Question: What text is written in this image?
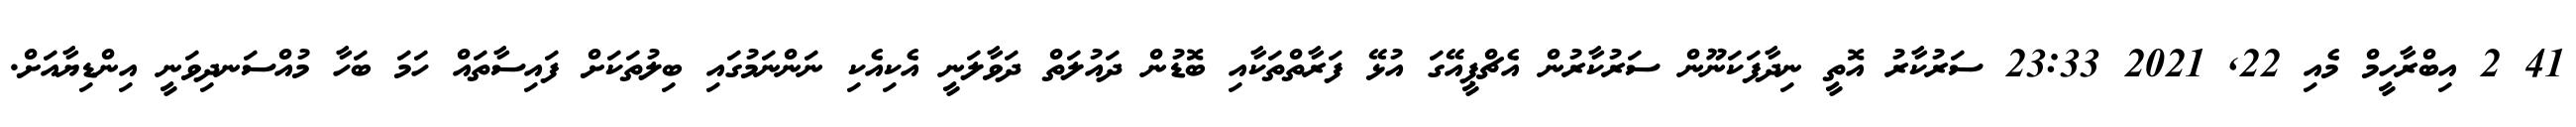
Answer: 41 2 އިބްރާހީމް މެއި 22, 2021 23:33 ސަރުކާރު އޮތީ ނިދާފަކަނޫން ސަރުކާރުން އެޗްޕީއޭގަ އުޅޭ ފަރާތްތަކާއި ބޮޑުން ދައުލަތް ދަވާލަނީ އެކިއެކި ނަންނަމުގައި ބިލުތަކަށް ފައިސާތައް ހަމަ ބަހާ މުއްސަނދިވަނީ އިންޑިޔާއަށް.